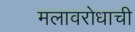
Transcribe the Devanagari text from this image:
मलावरोधाची